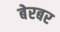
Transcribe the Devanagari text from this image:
बेरबर